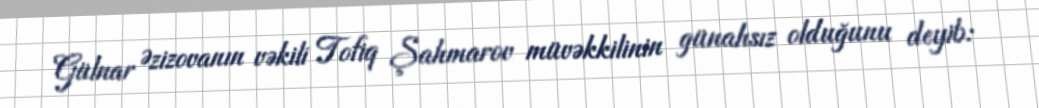
Gülnar Əzizovanın vəkili Tofiq Şahmarov müvəkkilinin günahsız olduğunu deyib: